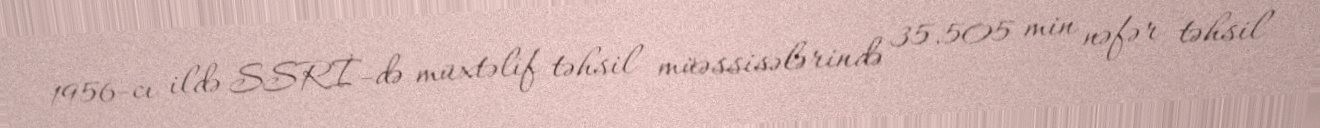
1956-cı ildə SSRİ-də müxtəlif təhsil müəssisələrində 35.505 min nəfər təhsil